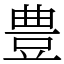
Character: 豊